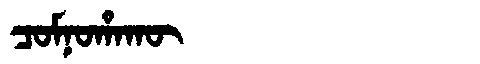
Manchu: ᠴᠣᠮᠨᠣᡥᠠᡴᡡ
Romanization: COMNOHAKŪ